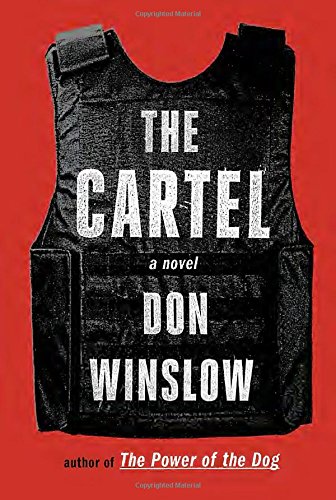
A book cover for The Cartel: A novel; Don Winslow; Mystery, Thriller & Suspense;